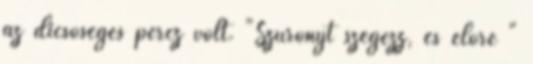
az dicsőséges percz volt. "Szuronyt szegezz, és előre "